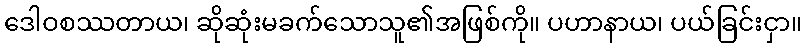
ဒေါဝစဿတာယ၊ ဆိုဆုံးမခက်သောသူ၏အဖြစ်ကို။ ပဟာနာယ၊ ပယ်ခြင်းငှာ။